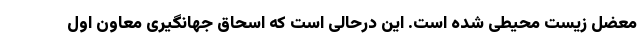
معضل زیست محیطی شده است. این درحالی است که اسحاق جهانگیری معاون اول